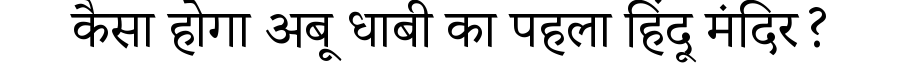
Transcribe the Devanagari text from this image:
कैसा होगा अबू धाबी का पहला हिंदू मंदिर?